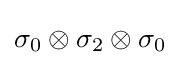
\sigma _{0}\otimes \sigma _{2}\otimes \sigma _{0}